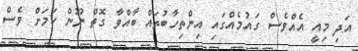
އަދި މިއީ އެއްވެސް ގައުމެއްގައި އިންތިހާބުތައް ބާއްވާ ގޮތް ނޫން ކަމަށް ވެސް